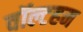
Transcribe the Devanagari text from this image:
वॉल्टहम